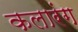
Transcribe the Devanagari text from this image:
कलारंग